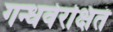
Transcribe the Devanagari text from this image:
गन्धर्वरक्षितं